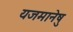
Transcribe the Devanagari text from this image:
यजमानेषु